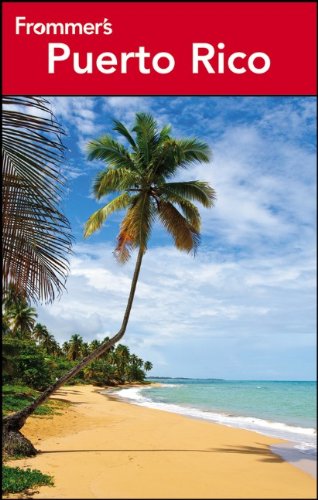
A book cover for Frommer's Puerto Rico (Frommer's Complete Guides); John Marino; Travel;